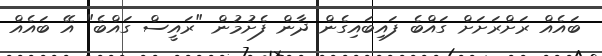
ބައެއް ރަށްރަށަށް ގައްބެ ފައިބައިގެން ދާން ފެށުމުން "ރައީސް ގައްބެ" އޭ ބައެއް